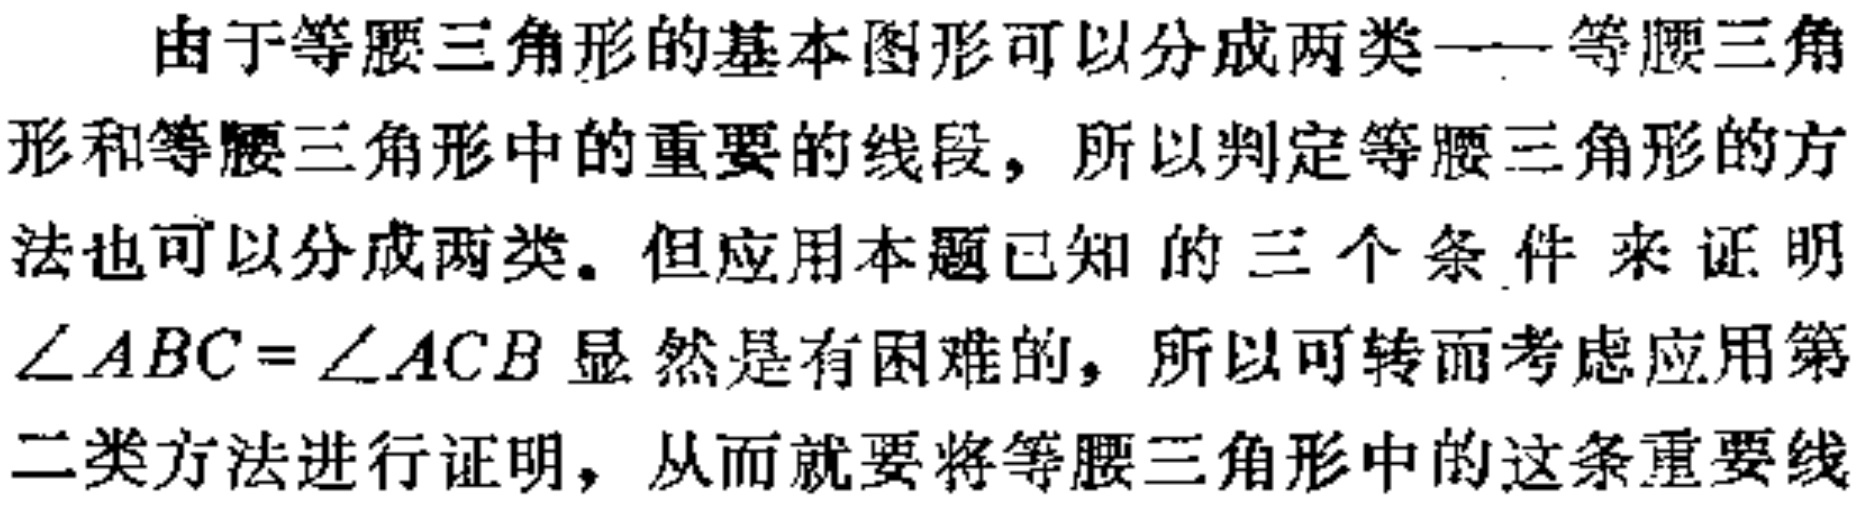
由于等腰三角形的基本图形可以分成两类——等腰三角形和等腰三角形中的重要的线段，所以判定等腰三角形的方法也可以分成两类。但应用本题已知的三个条件来证明$\angle ABC = \angle ACB$显然是有困难的，所以可转而考虑应用第二类方法进行证明，从而就要将等腰三角形中的这条重要线